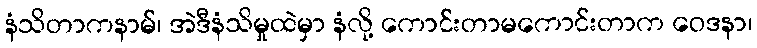
နံသိတာကနာမ်၊ အဲဒီနံသိမှုထဲမှာ နံလို့ ကောင်းတာမကောင်းတာက ဝေဒနာ၊